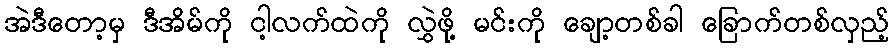
အဲဒီတော့မှ ဒီအိမ်ကို ငါ့လက်ထဲကို လွှဲဖို့ မင်းကို ချော့တစ်ခါ ခြောက်တစ်လှည့်